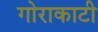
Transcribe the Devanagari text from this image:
गोराकाटी